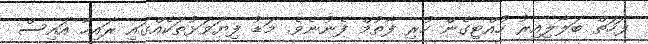
ފަހަތް ބަލާލިއިރު ހުއްްޓިގެން ހުރި ފާތުމް ފެނުނެވެ. މަޑު ފިޔަވަޅުތަކެއްގައި ރައިހާ އައިސް